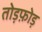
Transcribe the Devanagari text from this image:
तोड़फ़ोड़